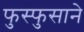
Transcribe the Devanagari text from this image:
फुस्फुसाने